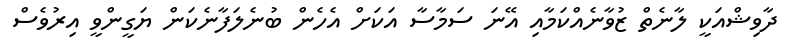
ދާވިޝްއަކީ ލާނެތް ޒުވާނެއްކަމާއި އޭނަ ސަމާސާ އަކަށް އެހެން ބުނެލަފާނެކަން ޔަގީންވީ އިރުވެސް